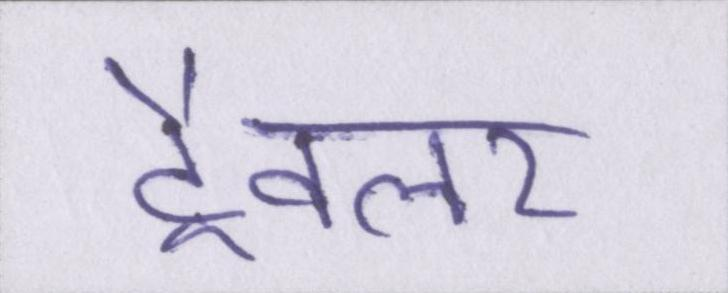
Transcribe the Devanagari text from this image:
ट्रैवलर